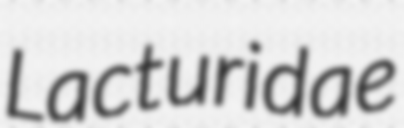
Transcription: Lacturidae